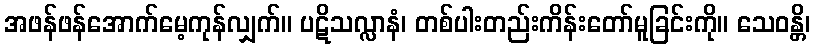
အဖန်ဖန်အောက်မေ့ကုန်လျှက်။ ပဋိသလ္လာနံ၊ တစ်ပါးတည်းကိန်းတော်မူခြင်းကို။ သေဝန္တိ၊